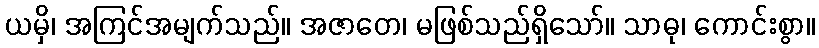
ယမှိ၊ အကြင်အမျက်သည်။ အဇာတေ၊ မဖြစ်သည်ရှိသော်။ သာဓု၊ ကောင်းစွာ။